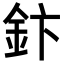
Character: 𮡬